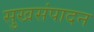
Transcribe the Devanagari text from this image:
सुखसंपादन